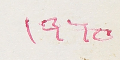
١٩٦٥